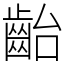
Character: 齝